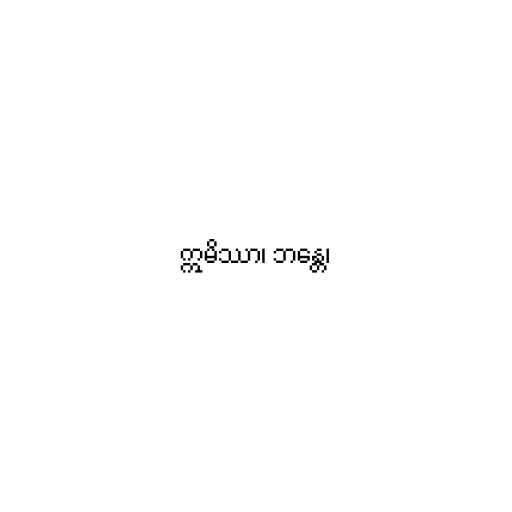
ဣမိဿာ၊ ဘန္တေ၊